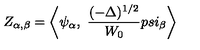
Z _ { \alpha , \beta } = \bigg < \psi _ { \alpha } , \ { \frac { ( - \Delta ) ^ { 1 / 2 } } { W _ { 0 } } } p s i _ { \beta } \bigg >